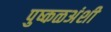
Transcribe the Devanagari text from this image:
पुष्कळअंशी